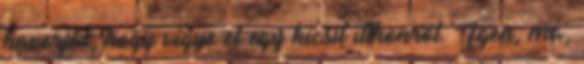
haverját, hogy vigye el egy kicsit itthonról. Igen, ma,